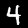
Label: 4